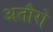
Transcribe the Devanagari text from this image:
अतौरो